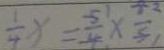
\frac { 1 } { 4 } x = \frac { 5 1 } { 4 } \times \frac { 8 2 } { 5 1 }